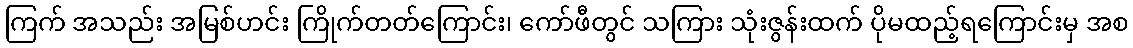
ကြက် အသည်း အမြစ်ဟင်း ကြိုက်တတ်ကြောင်း၊ ကော်ဖီတွင် သကြား သုံးဇွန်းထက် ပိုမထည့်ရကြောင်းမှ အစ